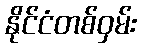
နိုင်ငံတစ်ဝှမ်း